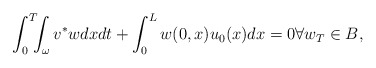
\begin{align*}\int_{0}^{T}\!\!\!\int_{\omega}v^{\ast}wdxdt+\int_{0}^{L}w( 0,x)u_{0}( x) dx=0 \forall w_T\in B,\end{align*}